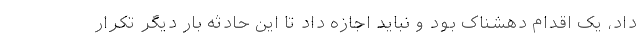
داد، یک اقدام دهشناک بود و نباید اجازه داد تا این حادثه بار دیگر تکرار